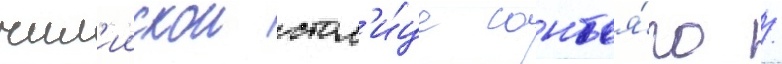
чил'иискои стол'и́це сантья́го /